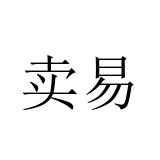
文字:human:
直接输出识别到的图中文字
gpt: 卖易